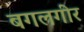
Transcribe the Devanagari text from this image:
बगलगीर